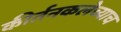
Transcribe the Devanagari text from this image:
कीर्तनकलेच्याच